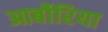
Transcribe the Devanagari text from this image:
आर्बोरिया